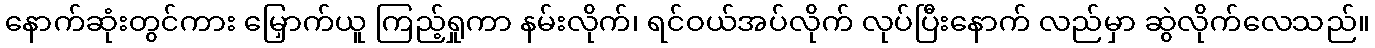
နောက်ဆုံးတွင်ကား မြှောက်ယူ ကြည့်ရှုကာ နမ်းလိုက်၊ ရင်ဝယ်အပ်လိုက် လုပ်ပြီးနောက် လည်မှာ ဆွဲလိုက်လေသည်။